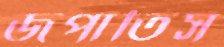
জপাতিস